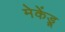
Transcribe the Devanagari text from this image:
मेकेंड्रू